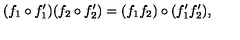
( f _ { 1 } \circ f _ { 1 } ^ { \prime } ) ( f _ { 2 } \circ f _ { 2 } ^ { \prime } ) = ( f _ { 1 } f _ { 2 } ) \circ ( f _ { 1 } ^ { \prime } f _ { 2 } ^ { \prime } ) ,